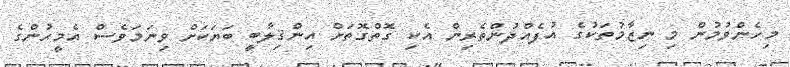
މިހެންވުމުން މި ނިޒާމުތަކުގެ އުފެއްދުންތެރިން އެކި ގޮތްގޮތަށް އިންޤިލާބީ ބަޔަކަށް ވިނަމަވެސް އެމީހުންގެ